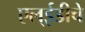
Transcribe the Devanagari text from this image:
एल्‌ईडीचे